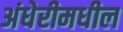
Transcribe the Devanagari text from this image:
अंधेरीमधील